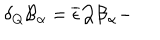
\delta _ { Q } \mathcal { B } _ { \alpha } = \overline { { { \epsilon } } } \mathcal { Q B } _ { \alpha } -